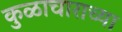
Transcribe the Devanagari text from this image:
कुळाचाराच्या